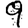
Digit: 9